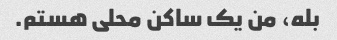
بله، من یک ساکن محلی هستم.